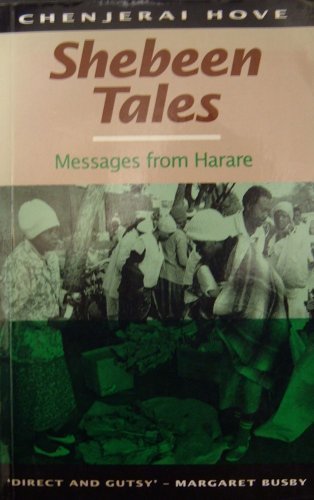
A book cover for Shebeen Tales: Messages from Harare; Chenjerai Hove; Travel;